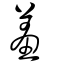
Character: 羞